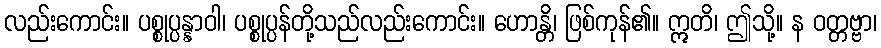
လည်းကောင်း။ ပစ္စုပ္ပန္နာဝါ၊ ပစ္စုပ္ပန်တို့သည်လည်းကောင်း။ ဟောန္တိ၊ ဖြစ်ကုန်၏။ ဣတိ၊ ဤသို့။ န ဝတ္တဗ္ဗာ၊